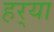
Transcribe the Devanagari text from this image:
हर्‍या